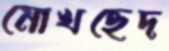
মোখছেদ